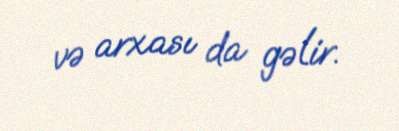
və arxası da gəlir.